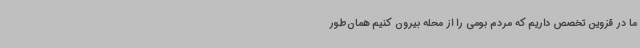
ما در قزوین تخصص داریم که مردم بومی را از محله بیرون کنیم همان‌طور